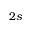
2 s